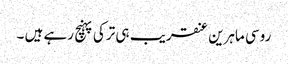
روسی ماہرین عنقریب ہی ترکی پہنچ رہے ہیں ۔